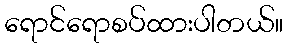
ရောင်ရောစပ်ထားပါတယ်။